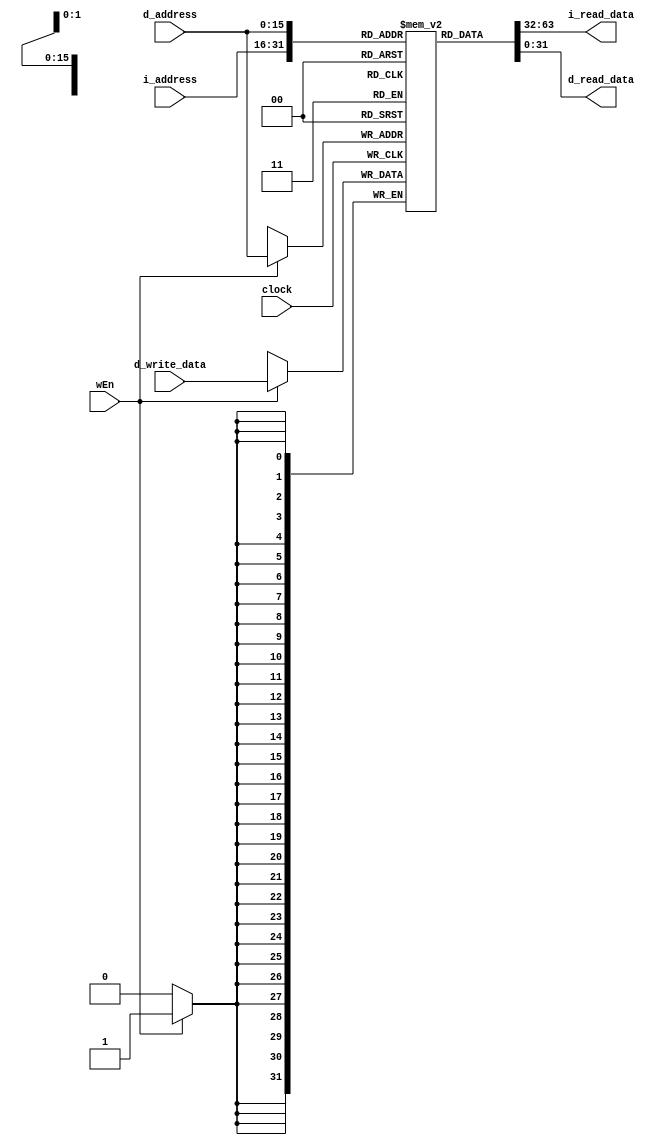
// Name: Joshua Bone, Jonathan Hall
// BU ID: U22742355,U21798292
// EC413 Project: Ram Module

module ram #(
  parameter DATA_WIDTH = 32,
  parameter ADDR_WIDTH = 16
) (
  input  clock,

  // Instruction Port
  input  [ADDR_WIDTH-1:0] i_address,
  output [DATA_WIDTH-1:0] i_read_data,

  // Data Port
  input  wEn,
  input  [ADDR_WIDTH-1:0] d_address,
  input  [DATA_WIDTH-1:0] d_write_data,
  output [DATA_WIDTH-1:0] d_read_data

);

localparam RAM_DEPTH = 1 << ADDR_WIDTH; // right shifts 1 by 16 places. Thus there are 2^16 addresses

reg [DATA_WIDTH-1:0] ram [0:RAM_DEPTH-1];

/******************************************************************************
*                      Start Your Code Here
******************************************************************************/

//combinational read instruction
assign i_read_data = ram[i_address];

assign d_read_data = ram[d_address];

//sequential write data
always @(posedge clock)
begin
    if(wEn)
    begin
        ram[d_address] <= d_write_data;
    end

end


endmodule